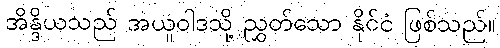
အိန္ဒိယသည် အယူဝါဒသို့ ညွှတ်သော နိုင်ငံ ဖြစ်သည်။